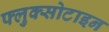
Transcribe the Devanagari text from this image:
फ्लुक्सोटाइन